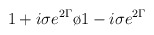
\begin{align*}{{1 + i\sigma e^{2 \Gamma}}\o { 1 - i\sigma e^{2 \Gamma}}}\end{align*}